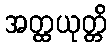
အတ္ထယုတ္တိ